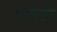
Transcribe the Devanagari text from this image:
गर्गजी